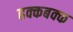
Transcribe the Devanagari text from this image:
हक्कबक्क